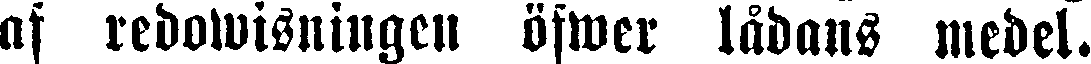
af redowisningcn öfwer lådans medel.